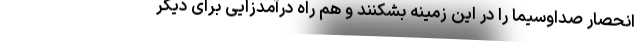
انحصار صداوسیما را در این زمینه بشکنند و هم راه درآمدزایی برای دیگر